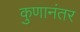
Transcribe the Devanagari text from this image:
कुणानंतर